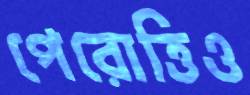
পেরোত্তিও